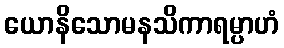
ယောနိသောမနသိကာရမ္ပာဟံ